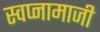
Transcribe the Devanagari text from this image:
स्वप्नामाजी